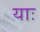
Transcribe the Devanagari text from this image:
याः